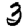
Digit: 3